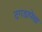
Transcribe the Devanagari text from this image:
दगडापेक्षा